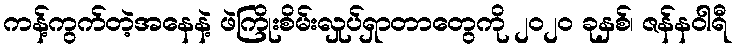
ကန့်ကွက်တဲ့အနေနဲ့ ဖဲကြိုးစိမ်းလှုပ်ရှာတာတွေကို ၂၀၂၀ ခုနှစ်၊ ဇန်နဝါရီ